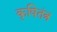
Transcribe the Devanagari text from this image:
कृषितंत्र